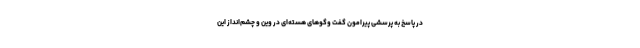
در پاسخ به پرسشی پیرامون گفت وگوهای هسته‌ای در وین و چشم‌انداز این